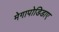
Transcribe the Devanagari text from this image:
मेगापोडिडाए